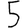
Digit: 5